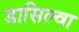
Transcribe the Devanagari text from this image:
डासिल्वा